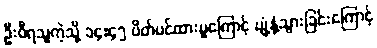
ဦးဝီရသူကဲ့သို့ ၁၄:၄၅ ပိတ်ပင်ထားမှုကြောင့် ပျံ့နှံ့သွားခြင်းကြောင့်